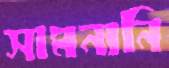
সামনানি